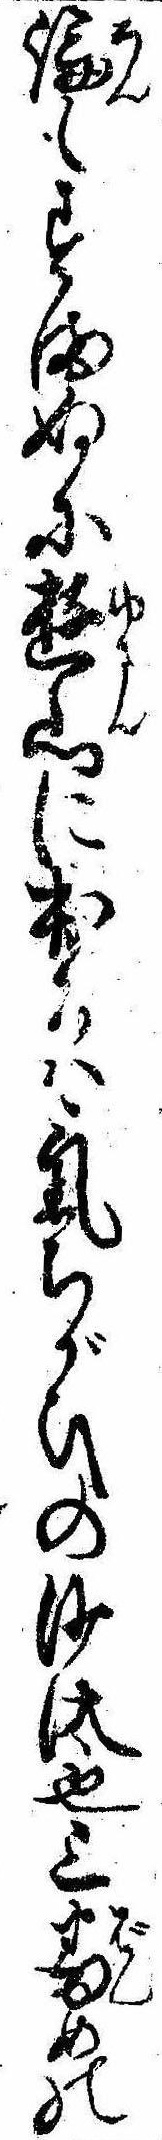
論もすまぬに遊山に出るは気ちがひの沙汰也三番めの